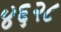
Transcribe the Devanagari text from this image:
४६२८